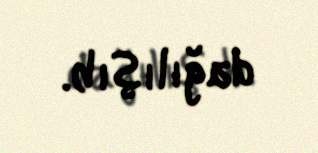
dağılışıb.